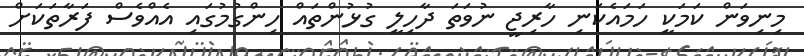
މިނިވަން ކަމަކީ ހަމައެކަނި ހާރިޖީ ނުވަތަ ދާހިލީ ގުޅުންތައް ހިންގުމުގައި އެއްވެސް ފަރާތަކަށް